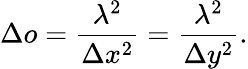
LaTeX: \Delta o=\frac{\lambda^{2}}{\Delta x^{2}}=\frac{\lambda^{2}}{\Delta y^{2}}.